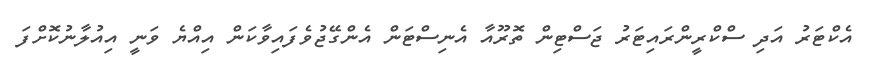
އެކްޓަރު އަދި ސްކްރީންރައިޓަރު ޖަސްޓިން ތޮރޫއާ އެނިސްޓަން އެންގޭޖުވެފައިވާކަން އިއްޔެ ވަނީ އިއުލާނުކޮށްފަ